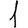
Digit: 1